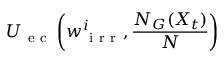
U _ { \mathrm { ~ e ~ c ~ } } \left( w _ { \mathrm { ~ i ~ r ~ r ~ } } ^ { i } , \frac { N _ { G } ( X _ { t } ) } { N } \right)